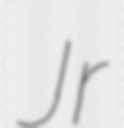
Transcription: Jr